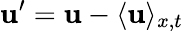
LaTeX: \mathbf{u}^{\prime}=\mathbf{u}-\langle\mathbf{u}\rangle_{x,t}